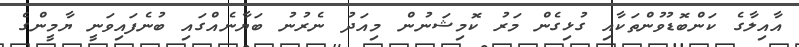
އާއިލާގެ ކަންބޮޑުވުންތަކާއި ގުޅިގެން މަރު ކޮމިޝަނުން މިއަދު ނެރުނު ބަޔާނެއްގައި ބުނެފައިވަނީ ޔާމީންގެ